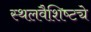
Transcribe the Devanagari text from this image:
स्थलवैशिष्ट्ये